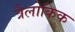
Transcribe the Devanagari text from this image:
त्रैलोकिक